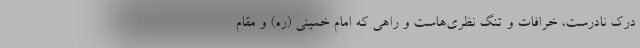
درک نادرست، خرافات و تنگ نظری‌هاست و راهی که امام خمینی (ره) و مقام